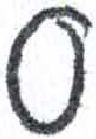
אות: ס